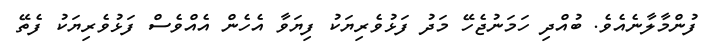
ފުންމާލާނެއެވެ. ބުއްދި ހަމަނުޖެހޭ މަދު ފަޅުވެރިޔަކު ފިޔަވާ އެހެން އެއްވެސް ފަޅުވެރިޔަކު ފެތޭ